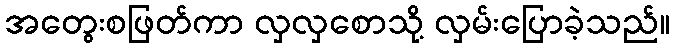
အတွေးစဖြတ်ကာ လှလှစောသို့ လှမ်းပြောခဲ့သည်။